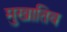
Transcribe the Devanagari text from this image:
मुखातिव